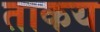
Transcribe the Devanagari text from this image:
ताकय